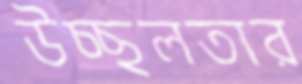
উচ্ছলতার